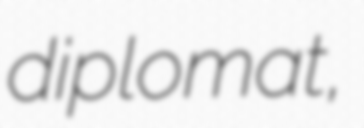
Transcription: diplomat,